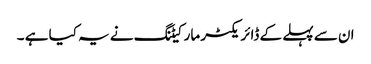
ان سے پہلے کے ڈائریکٹر مارکیٹنگ نے یہ کیا ہے ۔